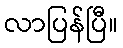
လာပြန်ပြီ။